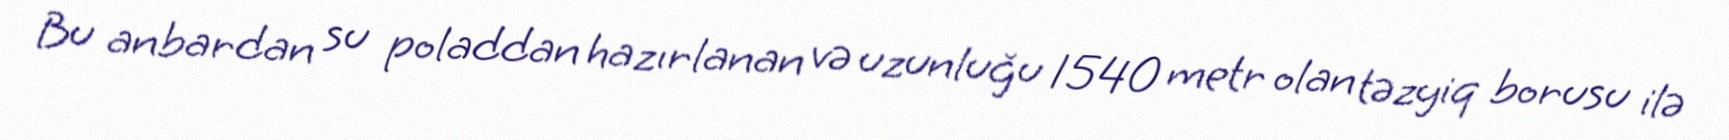
Bu anbardan su poladdan hazırlanan və uzunluğu 1540 metr olan təzyiq borusu ilə